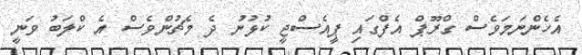
އެހެންނަމަވެސް ގްރޫޕް އެފްގައި ޕީއެސްޖީ ކުޅުނު ދެ މެޗުންވެސް އެ ކްލަބު ވަނީ